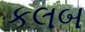
કલબ